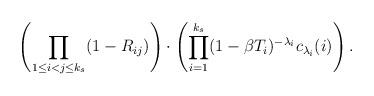
LaTeX: \begin{align*} \left( \prod_{1\leq i<j\leq k_s} (1-R_{ij}) \right) \cdot \left( \prod_{i=1}^{k_s} (1-\beta T_i)^{-\lambda_i} c_{\lambda_i}(i) \right).\end{align*}